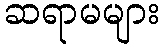
ဆရာမများ